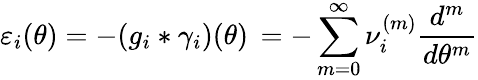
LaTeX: \varepsilon_{i}(\theta)=-(g_{i}*\gamma_{i})(\theta)\, =-\sum_{m=0}^{\infty}\nu_{i}^{(m)}\frac{d^{m}}{d\theta^{m}}